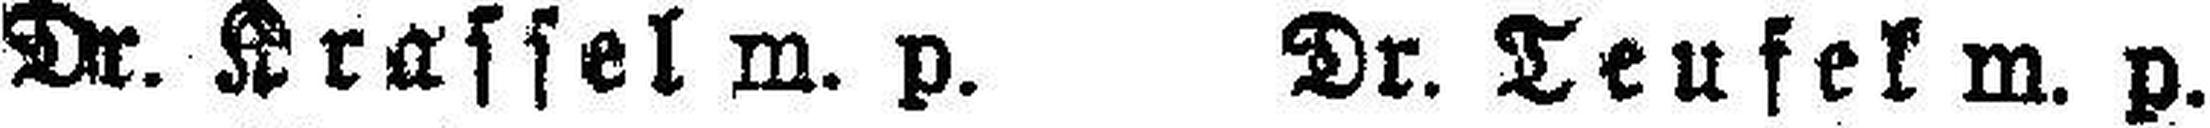
Dr. Krassel m. p. Dr. Teufel m. p.